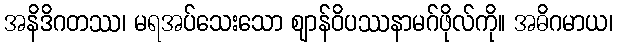
အနိဒိဂတဿ၊ မရအပ်သေးသော ဈာန်ဝိပဿနာမဂ်ဖိုလ်ကို။ အဓိဂမာယ၊